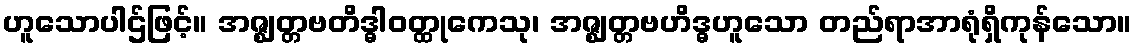
ဟူသောပါဌ်ဖြင့်။ အဇ္ဈတ္တဗတိဒ္ဓါဝတ္ထုကေသု၊ အဇ္ဈတ္တဗဟိဒ္ဓဟူသော တည်ရာအာရုံရှိကုန်သော။